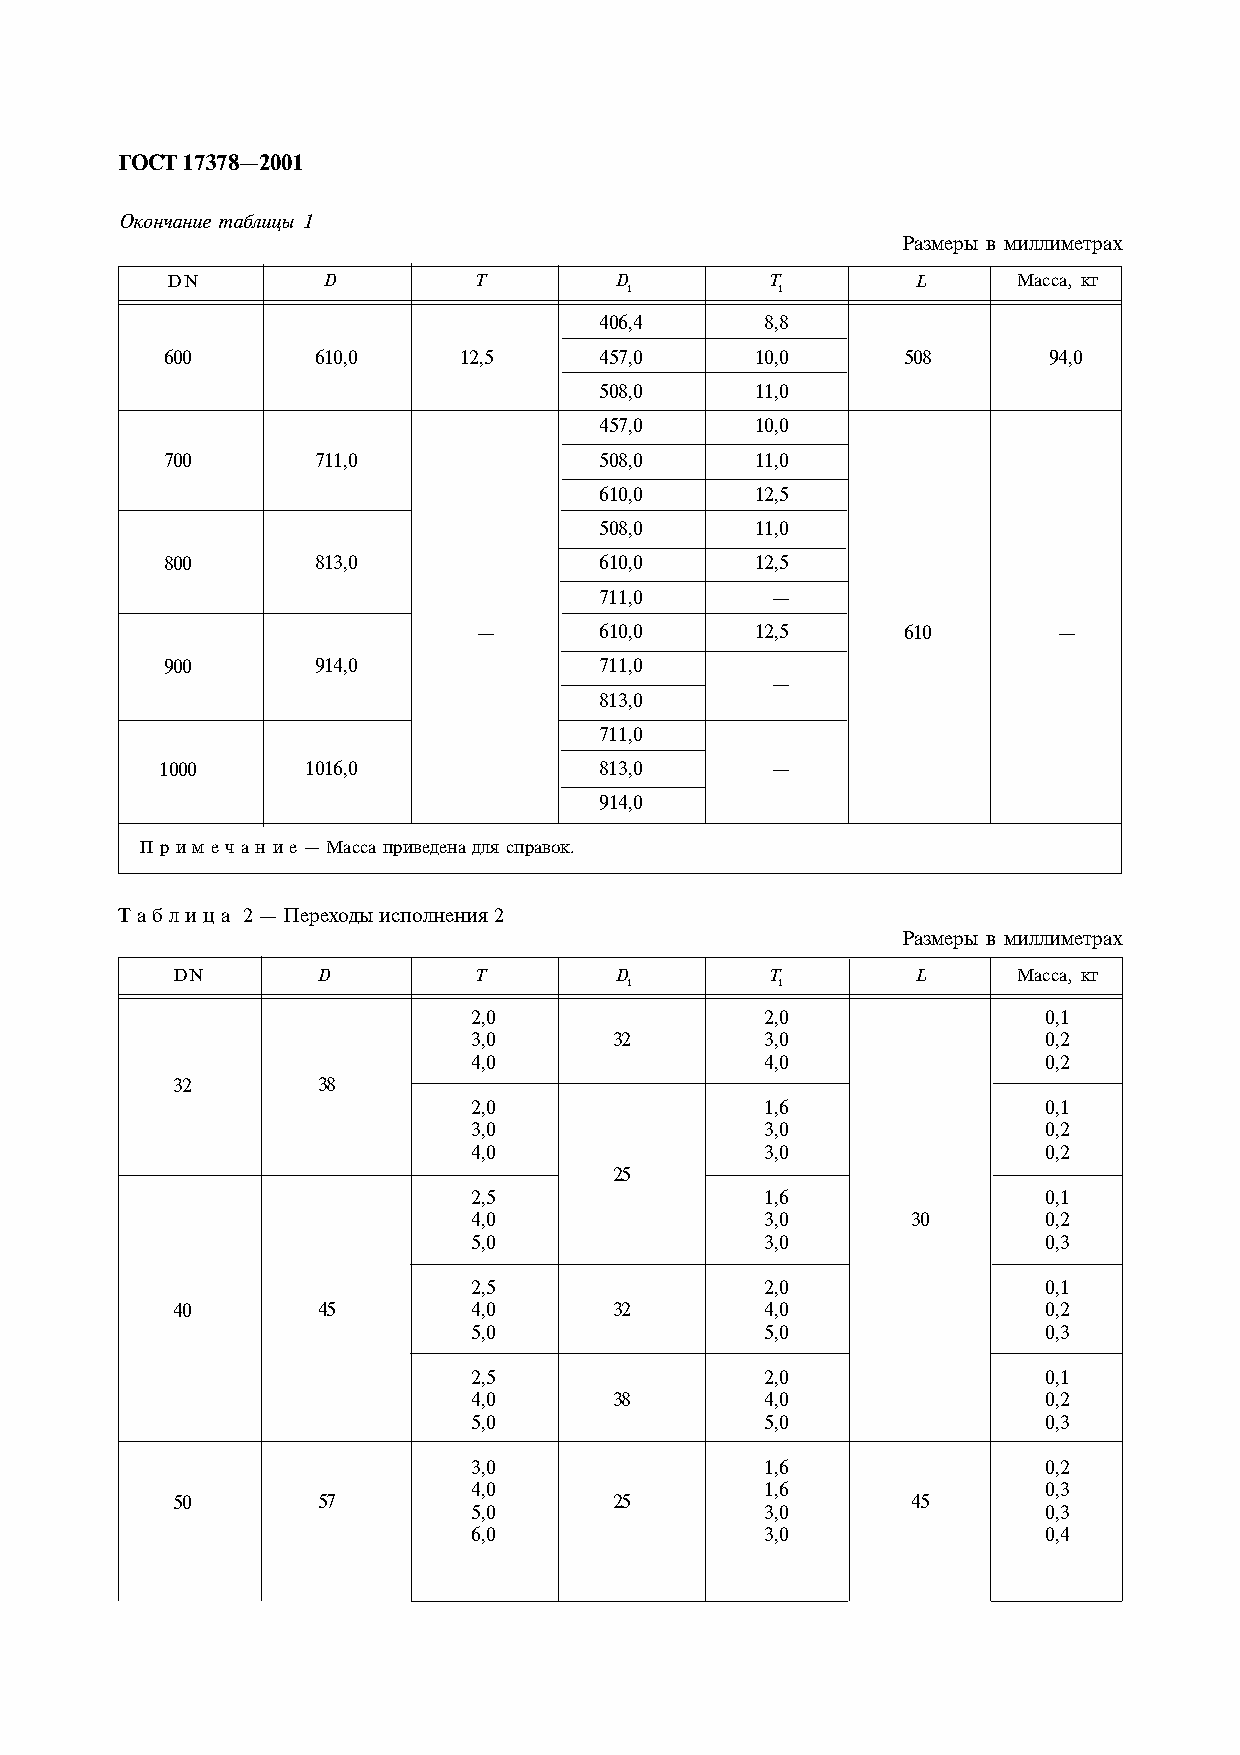
ÃÎÑÒ 17378—2001
 Îêîí÷àíèå òàáëèöû 1
 Ðàçìåðû â ìèëëèìåòðàõ
 DN        D         T         D         T         L     Ìàññà, êã
 1         1
 406,4      8,8
 600       610,0    12,5      457,0     10,0      508      94,0
 508,0     11,0
 457,0     10,0
 700       711,0              508,0     11,0
 610,0     12,5
 508,0     11,0
 800       813,0              610,0     12,5
 711,0      —
 —       610,0     12,5      610       —
 900       914,0              711,0
 —
 813,0
 711,0
 1000     1016,0              813,0      —
 914,0
 Ï ð è ì å ÷ à í è å — Ìàññà ïðèâåäåíà äëÿ ñïðàâîê.
 Ò à á ë è ö à 2 — Ïåðåõîäû èñïîëíåíèÿ 2
 Ðàçìåðû â ìèëëèìåòðàõ
 DN        D         T         D         T         L     Ìàññà, êã
 1         1
 2,0                 2,0               0,1
 3,0       32        3,0               0,2
 4,0                 4,0               0,2
 32        38
 2,0                 1,6               0,1
 3,0                 3,0               0,2
 4,0                 3,0               0,2
 25
 2,5                 1,6               0,1
 4,0                 3,0      30       0,2
 5,0                 3,0               0,3
 2,5                 2,0               0,1
 40        45        4,0       32        4,0               0,2
 5,0                 5,0               0,3
 2,5                 2,0               0,1
 4,0       38        4,0               0,2
 5,0                 5,0               0,3
 3,0                 1,6               0,2
 4,0                 1,6               0,3
 50        57                  25                 45
 5,0                 3,0               0,3
 6,0                 3,0               0,4